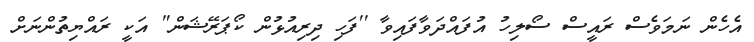
އެހެން ނަމަވެސް ރައީސް ސޯލިހު އުފައްދަވާފައިވާ ''ފަހި ދިރިއުޅުން ކޯޕަރޭޝަން" އަކީ ރައްޔިތުންނަށް